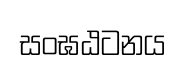
සංඝඨටනය